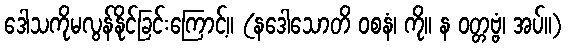
ဒေါသကိုမလွန်နိုင်ခြင်းကြောင့်။ (နဒေါသောတိ ဝစနံ၊ ကို။ န ဝတ္တဗ္ဗံ၊ အပ်။)